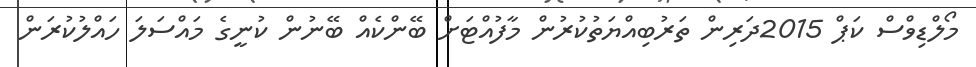
މޯލްޑިވްސް ކަޕް 2015ދަރިން ތަރުބިއްޔަތުކުރުން މާފުއްޓަށް ބޭންކެއް ބޭނުން ކުނީގެ މައްސަލަ ހައްލުކުރަން